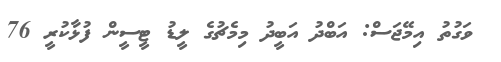
ވަގުތު އިމޭޖަސް: އަބްދު އަބީދު މިމެޗުގެ ލީޑު ޓީސީން ފުޅާކުރީ 76